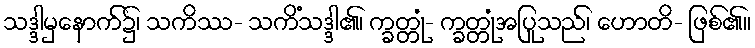
သဒ္ဒါမှနောက်၌၊ သကိဿ- သကိံသဒ္ဒါ၏၊ က္ခတ္တုံ- က္ခတ္တုံအပြုသည်၊ ဟောတိ- ဖြစ်၏။